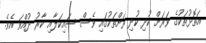
އަތޮޅުތަކުގެ ވަރަށް ކުދި ކުދި ރަށްތަކުގައި ވެސް ސައިކަލާއި ކާރު ދުއްވަ އެވެ.